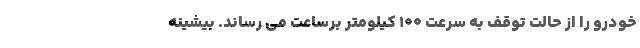
خودرو را از حالت توقف به سرعت 100 کیلومتر برساعت می رساند. بیشینه